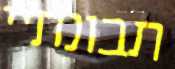
תבונתיי